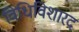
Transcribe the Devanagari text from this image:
विधिविशारद